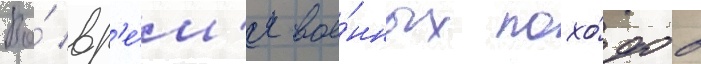
Во́ вр'е́м'я вое́нных похо́дов